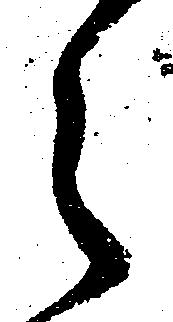
之